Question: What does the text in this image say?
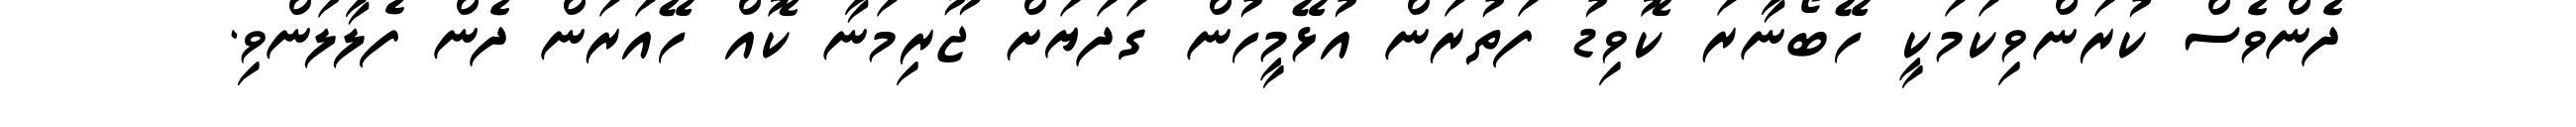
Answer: ދެންވެސް ކުރަންވިކަމަކީ ހޭބޯނާރަ ކޮވިޑު ފަތުރަން އުޅޭމީހުން ގަދަޔަށް ޖޫރިމަނާ ކޮއް ހޭއަރަން ދެން ފެލާލަންވި.